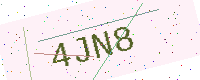
Text: 4JN8